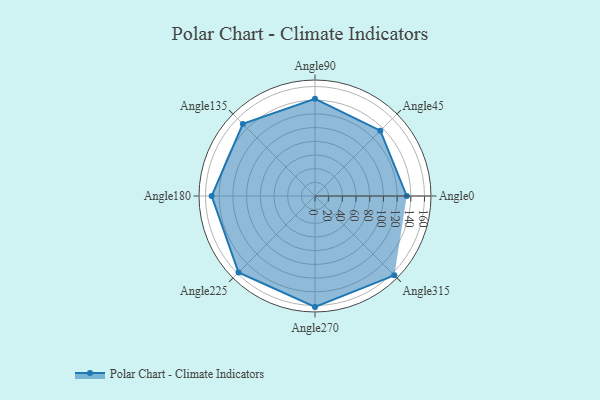
{"axis": {"x": "Angle", "y": "Radius"}, "legend": [""], "data": [{"x": "Angle0", "y": 134.0, "type": ""}, {"x": "Angle45", "y": 135.0, "type": ""}, {"x": "Angle90", "y": 142.0, "type": ""}, {"x": "Angle135", "y": 149.0, "type": ""}, {"x": "Angle180", "y": 151.0, "type": ""}, {"x": "Angle225", "y": 158.0, "type": ""}, {"x": "Angle270", "y": 162.0, "type": ""}, {"x": "Angle315", "y": 164.0, "type": ""}]}